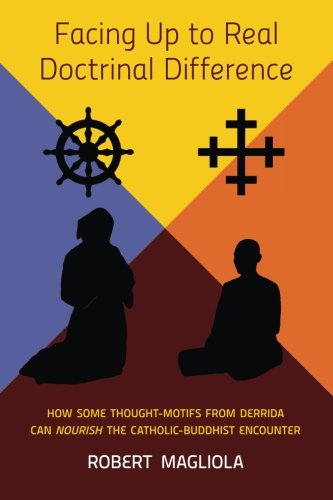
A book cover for Facing Up to Real Doctrinal Difference: How Some Thought-Motifs from Derrida Can Nourish the Catholic-Buddhist Encounter; Robert Magliola; Christian Books & Bibles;